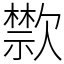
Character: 㱈